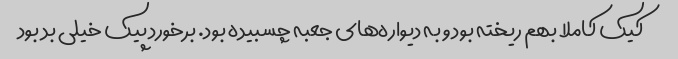
کیک کاملا بهم ریخته بود و به دیواره‌های جعبه چسبیده بود. برخورد پیک خیلی بد بود